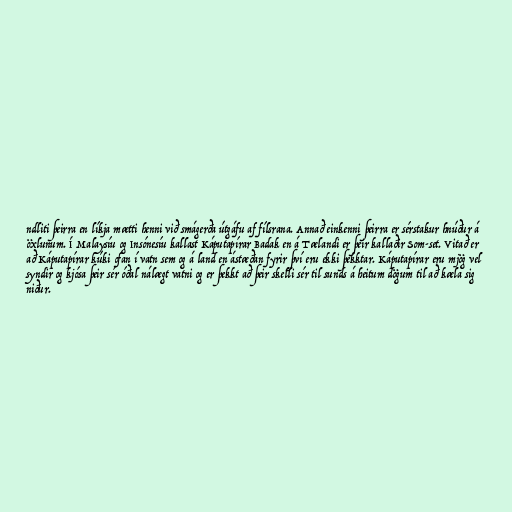
ndliti þeirra en líkja mætti henni við smágerða útgáfu af fílsrana. Annað einkenni þeirra er sérstakur hnúður á
öxlunum. Í Malaysíu og Insónesíu kallast Káputapírar Badak en á Tælandi er þeir kallaðir Som-set. Vitað er
að Káputapírar kúki ofan í vatn sem og á land en ástæðan fyrir því eru ekki þekktar. Káputapírar eru mjög vel
syndir og kjósa þeir sér óðal nálægt vatni og er þekkt að þeir skelli sér til sunds á heitum dögum til að kæla sig
niður.